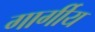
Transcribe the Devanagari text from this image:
गार्गीय